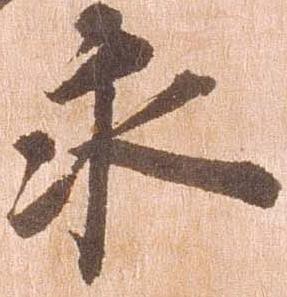
永